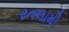
રતલામી